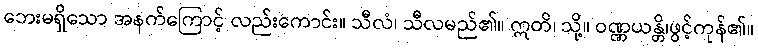
ဘေးမရှိသော အနက်ကြောင့် လည်းကောင်း။ သီလံ၊ သီလမည်၏။ ဣတိ၊ သို့။ ဝဏ္ဏယန္တိ၊ဖွင့်ကုန်၏။